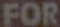
FOR